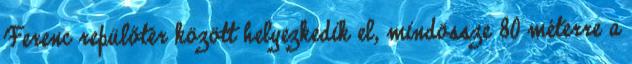
Ferenc repülőtér között helyezkedik el, mindössze 80 méterre a